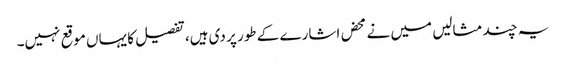
یہ چند مثالیں میں نے محض اشارے کے طور پر دی ہیں، تفصیل کا یہاں موقع نہیں۔